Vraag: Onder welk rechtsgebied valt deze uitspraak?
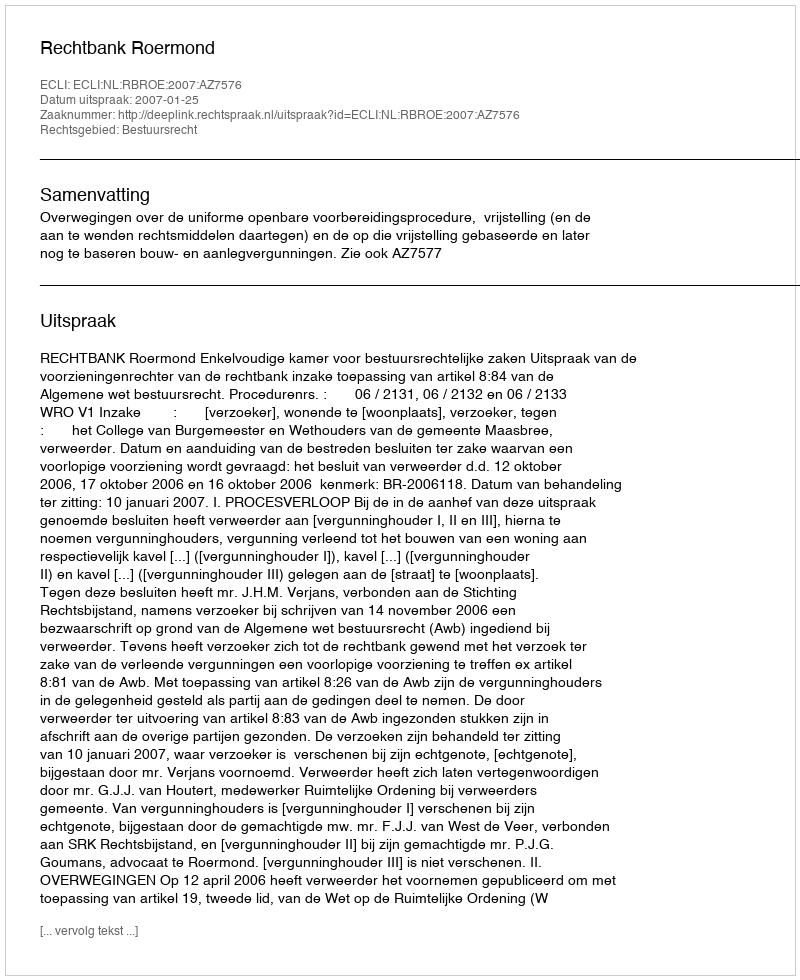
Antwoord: Bestuursrecht